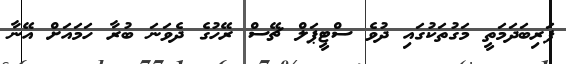
ފަރިބަދަމަތީ މަގުތަކުގައި ދުވެ ސްޓީޕަލް ޗޭސް ރޭހުގެ ދެވަނަ ބުރާ ހަމައަށް އޭނާ